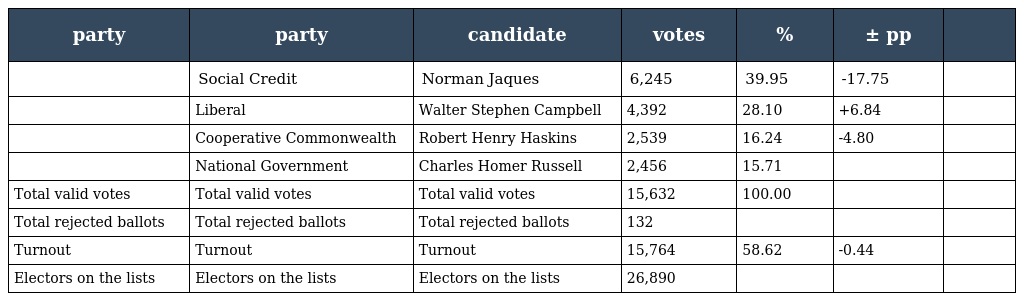
| party | party | candidate | votes | % | ± pp |  |
 | --- | --- | --- | --- | --- | --- | --- |
 |  | Social Credit | Norman Jaques | 6,245 | 39.95 | -17.75 |  |
 |  | Liberal | Walter Stephen Campbell | 4,392 | 28.10 | +6.84 |  |
 |  | Cooperative Commonwealth | Robert Henry Haskins | 2,539 | 16.24 | -4.80 |  |
 |  | National Government | Charles Homer Russell | 2,456 | 15.71 |  |  |
 | Total valid votes | Total valid votes | Total valid votes | 15,632 | 100.00 |  |  |
 | Total rejected ballots | Total rejected ballots | Total rejected ballots | 132 |  |  |  |
 | Turnout | Turnout | Turnout | 15,764 | 58.62 | -0.44 |  |
 | Electors on the lists | Electors on the lists | Electors on the lists | 26,890 |  |  |  |